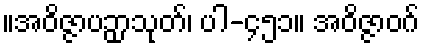
။အဝိဇ္ဇာပဉှာသုတ်၊ ပါ-၄၅၁။ အဝိဇ္ဇာဝဂ်